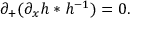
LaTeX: \partial _ { + } ( \partial _ { x } h * h ^ { - 1 } ) = 0 .